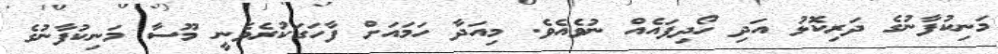
މަނިކުފާނުގެ ދަރިކޮޅު އަދި ހޯދިފައެއް ނުވެއެވެ. މިއަދާ ހަމައަށް ފާހަގަކުރެވެނީ މޫސާ މަނިކުފާނުގެ